Vaccination Hyderabad 1890-1903 - 1890-1903
Year: 1890
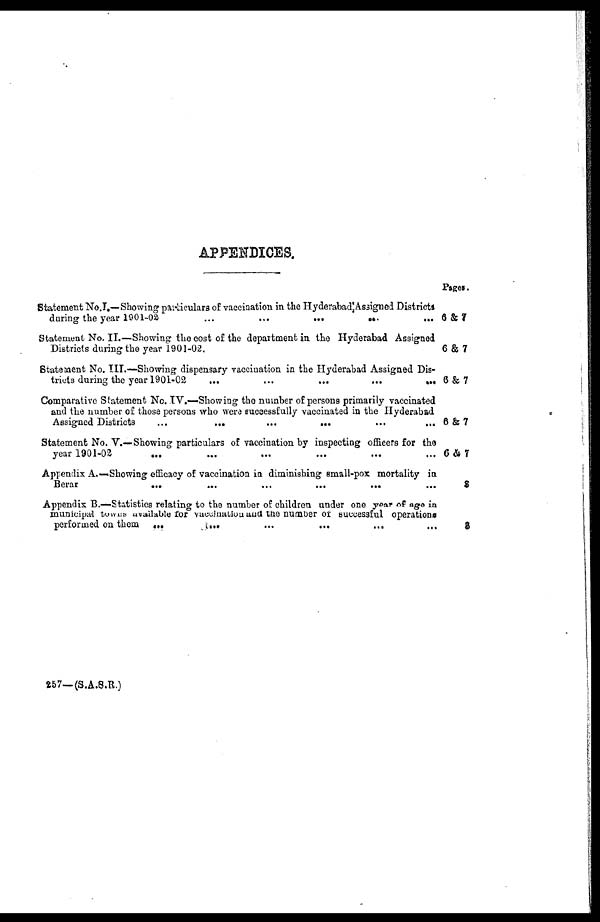
APPENDICES.
Statement No.I.—Showing particulars of vaccination in the Hyderabad Assigned Districts
daring the year 1901-02
...
...
...
...
...
Statement No. II.—Showing the cost of the department in the Hyderabad Assigned
Districts during the year 1901-02.
Statement No. III.—Showing dispensary vaccination in the Hyderabad Assigned Dis-
tricts during the year 1901-02
...
...
...
...
...
Comparative Statement No. IV.—Showing the number of persons primarily vaccinated
and the number of those persons who were successfully vaccinated in the Hyderabad
Assigned Districts
...
...
...
...
...
...
Statement No. V.—Showing particulars of vaccination by inspecting officers for the
year 1901-02
...
...
...
...
...
...
Appendix A.—Showing efficacy of vaccination in diminishing small-pox mortality in
Berar
...
...
...
...
...
...
Appendix B.—Statistics relating to the number of children under one year of age in
municipal towns available for vaccination and the number of successful operations
performed on them
...
...
...
...
...
...
Pages.
6&7
6&7
6&7
6&7
6&7
8
8
257— (S.A.S.R.)